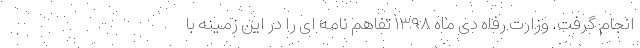
انجام گرفت. وزارت رفاه دی ماه ۱۳۹۸ تفاهم نامه ای را در این زمینه با